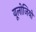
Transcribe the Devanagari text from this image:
यूलोजियो